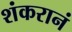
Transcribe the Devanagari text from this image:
शंकरानं